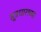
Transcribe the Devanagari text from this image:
सूत्रधाराच्या